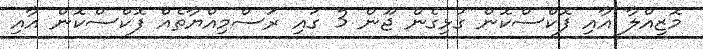
މޮޒިއްލާ އާއި ފޮކްސްކޮން ގުޅިގެން ޖޫން 3 ގައި ރަސްމިއްޔާތެއް ފޮކްސްކޮން އާއި